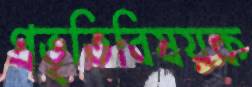
প্রভৃতিবিষয়ক